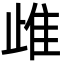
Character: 䧳